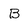
Character: B